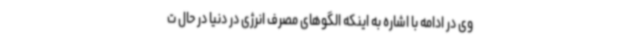
وی در ادامه با اشاره به اینکه الگوهای مصرف انرژی در دنیا در حال ت